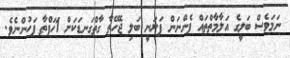
ނަމަވެސް ބަލީގެ އަލާމާތްތައް ފެންނަން ފަށަނީ ބަލި ޖެހޭތާ ގާތްގަނޑަކަށް 1ހަފްތާ ފަހުންނެވެ.